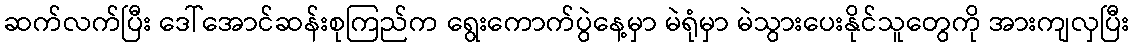
ဆက်လက်ပြီး ဒေါ်အောင်ဆန်းစုကြည်က ရွေးကောက်ပွဲနေ့မှာ မဲရုံမှာ မဲသွားပေးနိုင်သူတွေကို အားကျလှပြီး